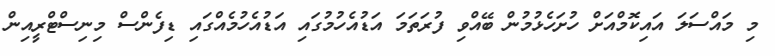
މި މައްސަލަ އައިކޮމްއަށް ހުށަހެޅުމުން ބޭއްވި ފުރަތަމަ އަޑުއެހުމުގައި އަޑުއެހުމެއްގައި ޑިފެންސް މިނިސްޓްރީއިން